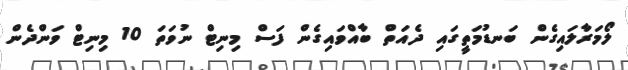
ލޯމަރާލައިގެން ބަނޑުމަތީގައި ދެއަތް ބާއްވައިގެން ފަސް މިނިޓް ނުވަތަ 10 މިނިޓް ވަންދެން